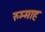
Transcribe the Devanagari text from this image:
रुम्माह